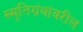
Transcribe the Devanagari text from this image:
स्मृतिग्रंथांवरील